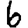
Digit: 6